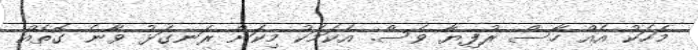
މަހަކު އެއް ހާސް ރުފިޔާ ވެސް. އެކަމަކު މިކަން ރަނގަޅު ވާނެ ގޮތެއް